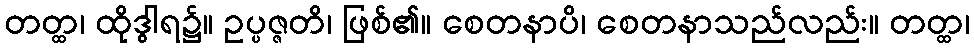
တတ္ထ၊ ထိုဒွါရ၌။ ဥပ္ပဇ္ဇတိ၊ ဖြစ်၏။ စေတနာပိ၊ စေတနာသည်လည်း။ တတ္ထ၊